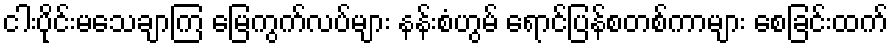
ငါးပိုင်းမသေချာကြ မြေကွက်လပ်များ နန်းစံဟွမ် ရောင်ပြန်စတစ်ကာများ စေခြင်းထက်